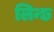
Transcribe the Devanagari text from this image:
लिन्छ